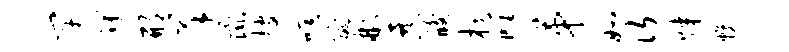
竿陴邢羊彘搜喧酬彬暴酸棋雕第如次媒幌